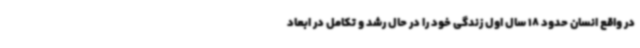
در واقع انسان حدود 18 سال اول زندگی خود را در حال رشد و تکامل در ابعاد